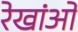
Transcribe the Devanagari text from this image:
रेखांओं